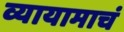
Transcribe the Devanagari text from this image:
व्यायामाचं